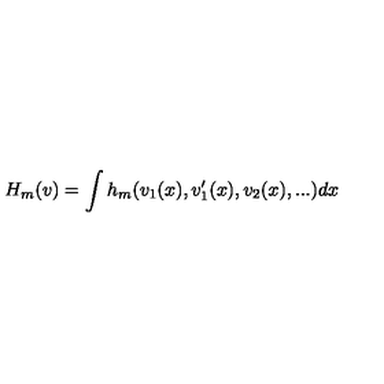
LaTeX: H _ { m } ( v ) = \int h _ { m } ( v _ { 1 } ( x ) , v _ { 1 } ^ { \prime } ( x ) , v _ { 2 } ( x ) , . . . ) d x